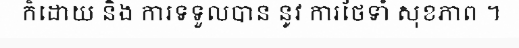
ក៏ដោយ និង ការទទួលបាន នូវ ការថែទាំ សុខភាព ។